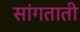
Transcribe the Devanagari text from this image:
सांगताती